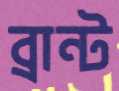
ব্রান্ট